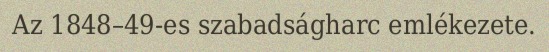
Az 1848–49-es szabadságharc emlékezete.